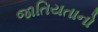
જાતિયતાનો